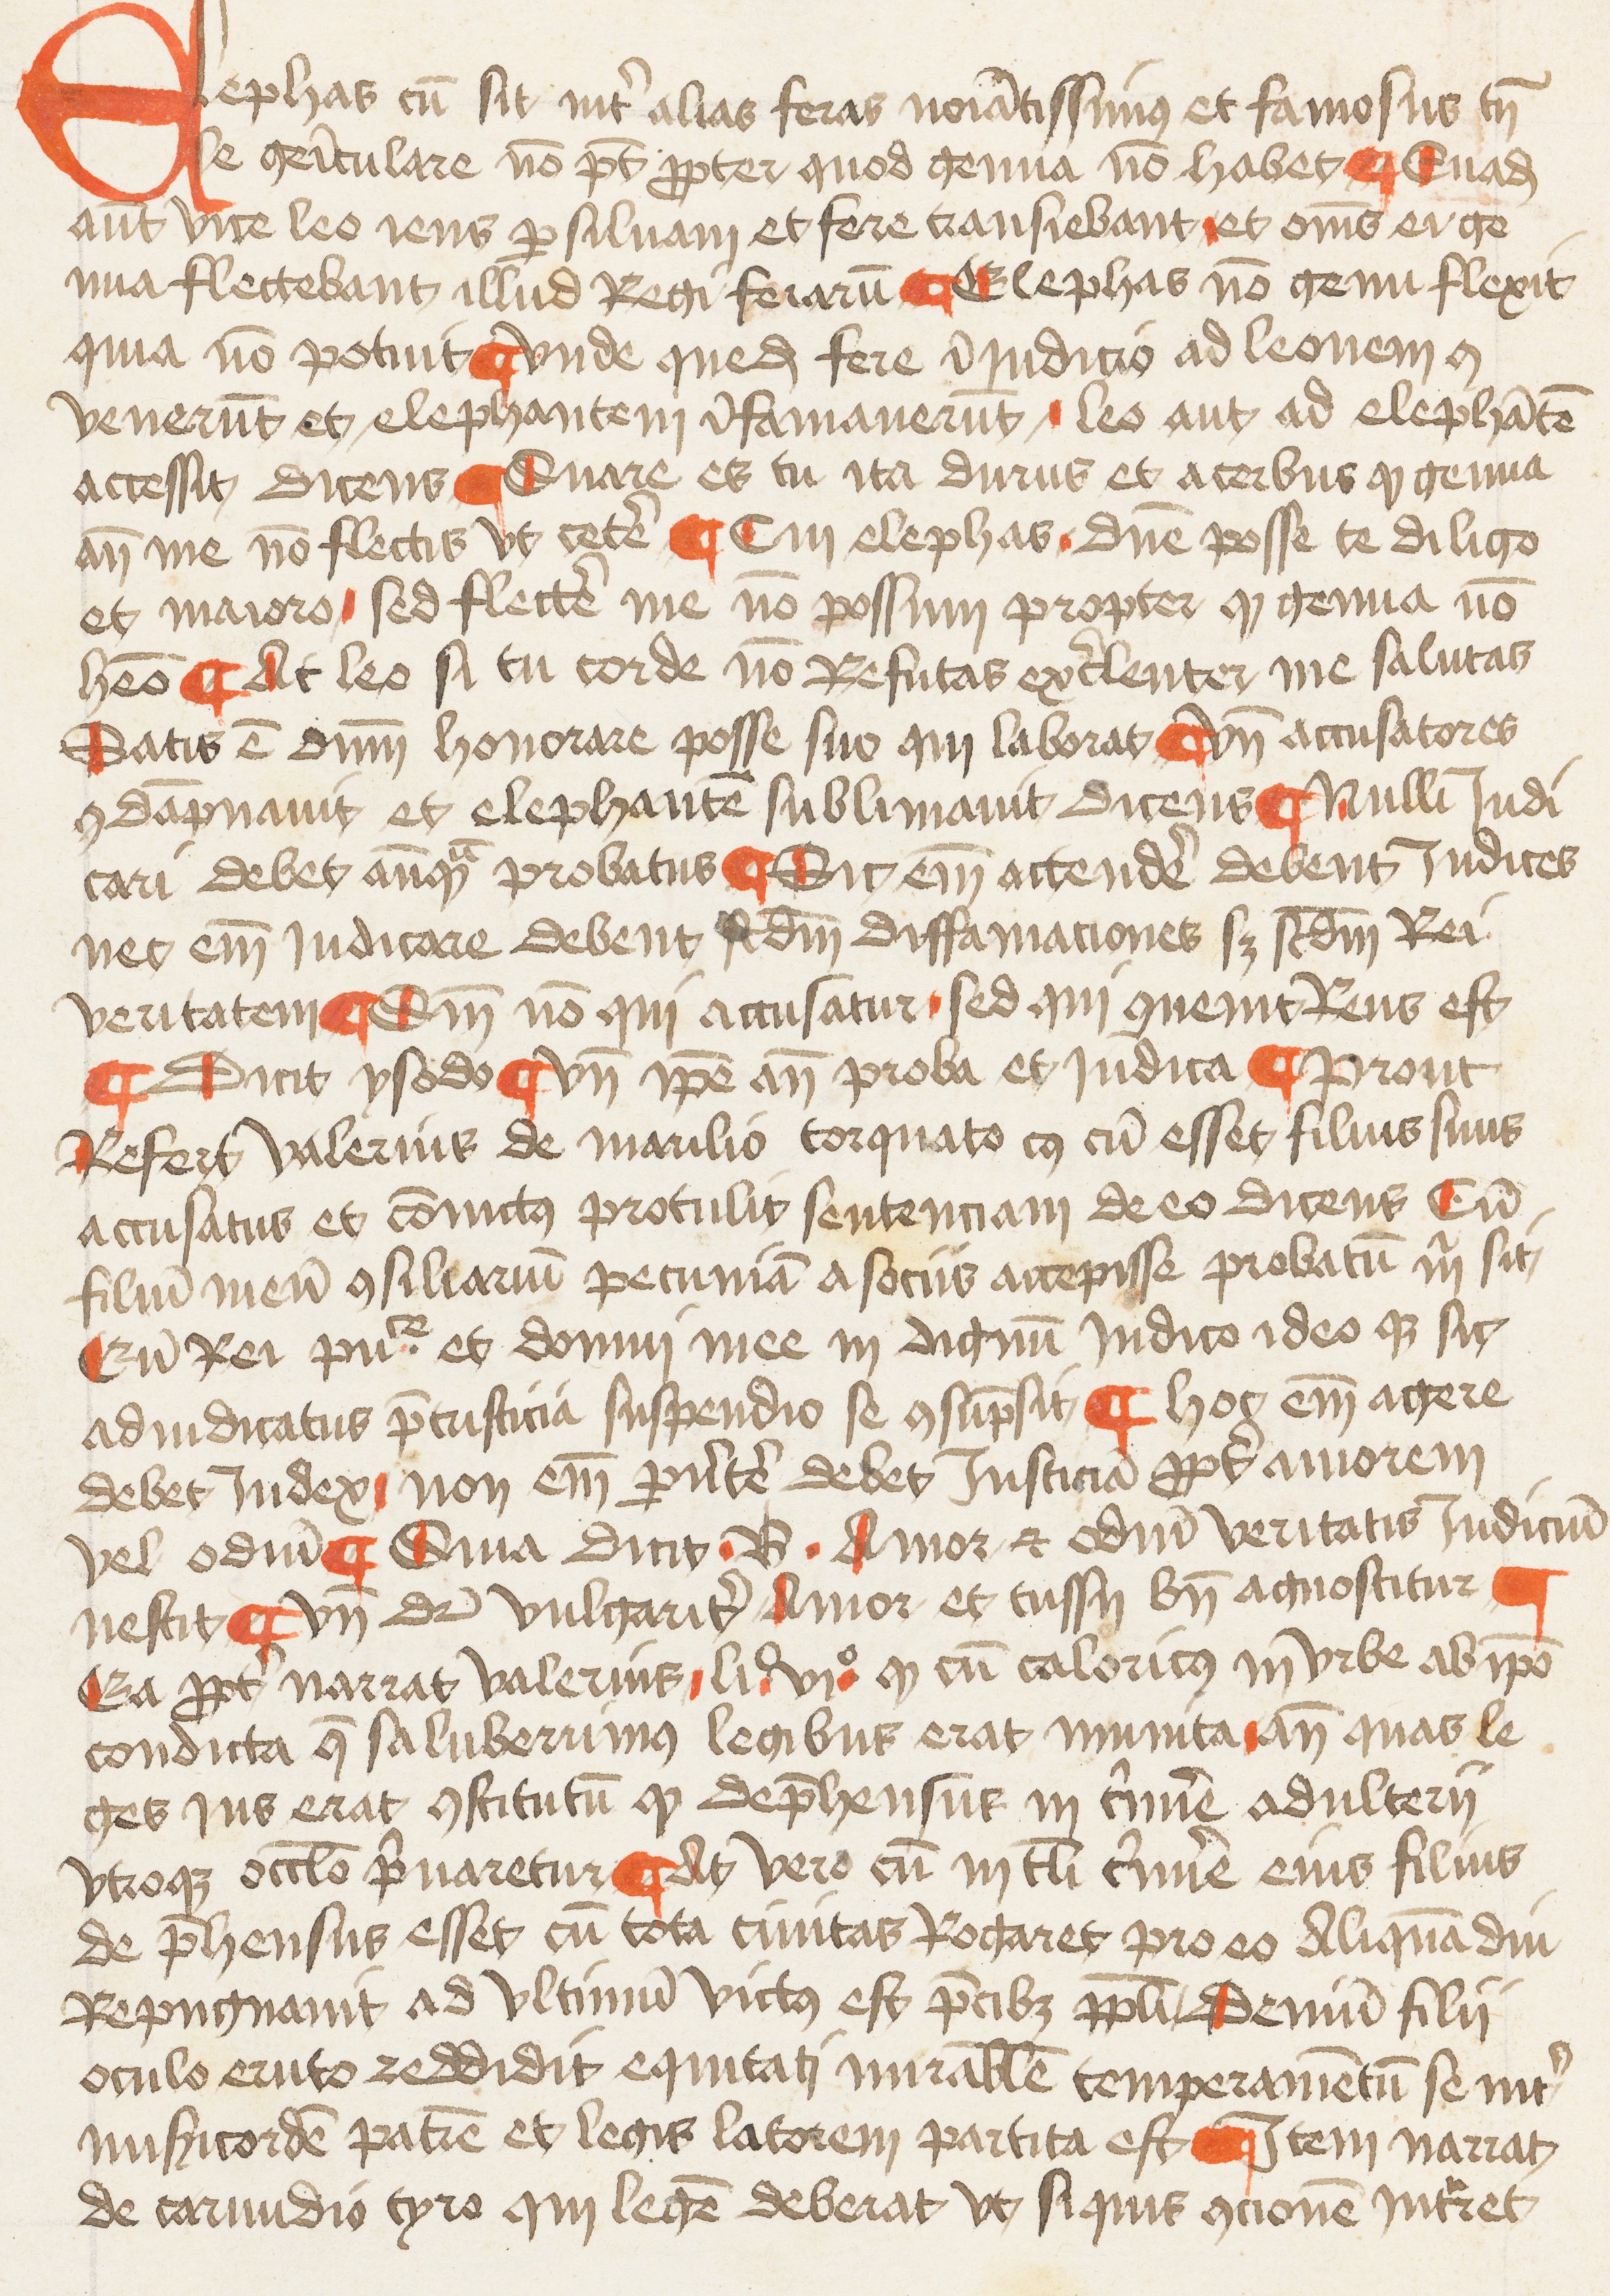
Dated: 1455–1455